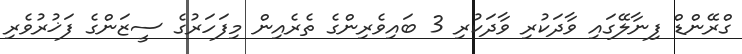
ގްރޭންޑް ފިނާލޭގައި ވާދަކުރި ވާދަކުރި 3 ބައިވެރިންގެ ތެރެއިން މިފަހަރުގެ ސީޒަންގެ ފަޚުރުވެރި